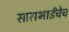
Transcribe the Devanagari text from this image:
साराभाईंचेच